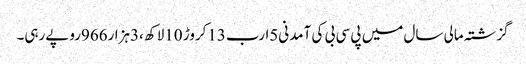
گزشتہ مالی سال میں پی سی بی کی آمدنی5ارب13کروڑ 10لاکھ ،3ہزار966روپےرہی۔